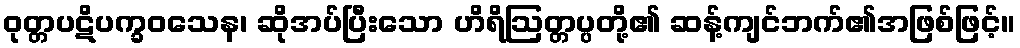
ဝုတ္တပဋိပက္ခဝသေန၊ ဆိုအပ်ပြီးသော ဟိရိဩတ္တပ္ပတို့၏ ဆန့်ကျင်ဘက်၏အဖြစ်ဖြင့်။